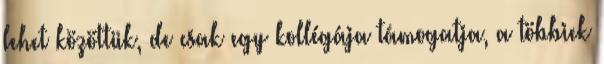
lehet közöttük, de csak egy kollégája támogatja, a többiek